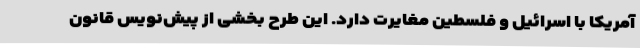
آمریکا با اسرائیل و فلسطین مغایرت دارد. این طرح بخشی از پیش‌نویس قانون